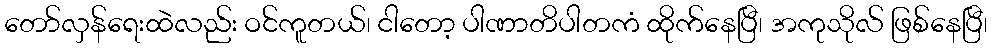
တော်လှန်ရေးထဲလည်း ဝင်ကူတယ်၊ ငါတော့ ပါဏာတိပါတကံ ထိုက်နေပြီ၊ အကုသိုလ် ဖြစ်နေပြီ၊